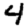
Digit: 4